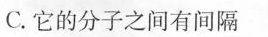
C.它的分子之间有间隔